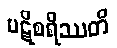
ပဋိစရိဿတိ